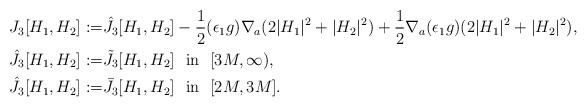
LaTeX: \begin{align*}J_3[H_1,H_2]:=&\hat{J}_3[H_1,H_2]-\frac{1}{2}(\epsilon_1g)\nabla_a(2|H_1|^2+|H_2|^2)+\frac{1}{2}\nabla_a(\epsilon_1 g)(2|H_1|^2+|H_2|^2),\\\hat{J}_3[H_1,H_2]:=& \tilde{J}_3[H_1,H_2]\ \ \textup{in}\ \ [3M,\infty),\\\hat{J}_3[H_1,H_2]:=& \bar{J}_3[H_1,H_2]\ \ \textup{in}\ \ [2M,3M]. \end{align*}